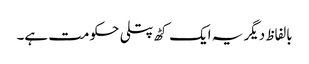
بالفاظ دیگر یہ ایک کٹھ پتلی حکومت ہے۔